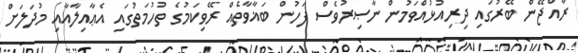
ރާއްޖޭން ބޭރުގައި ދިރިއުޅުއްވަމުން ނާޞިރުވެސް ފަހުން ބަޣާވާތެއް ރޭވިކަމުގެ ތުހުމަތުގައި އެޢާއިލާއާއި މުދަލަށް